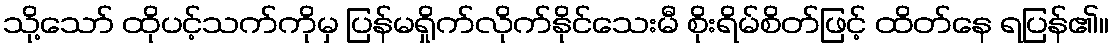
သို့သော် ထိုပင့်သက်ကိုမှ ပြန်မရှိုက်လိုက်နိုင်သေးမီ စိုးရိမ်စိတ်ဖြင့် ထိတ်နေ ရပြန်၏။